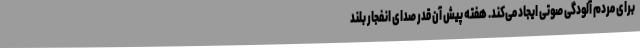
برای مردم آلودگی صوتی ایجاد می‌کند. هفته پیش آن قدر صدای انفجار بلند